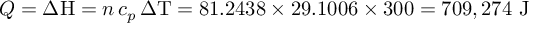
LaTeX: Q = { \Delta \mathrm { H } } = n \, c _ { p } \, \Delta \mathrm { T } = 8 1 . 2 4 3 8 \times 2 9 . 1 0 0 6 \times 3 0 0 = 7 0 9 , 2 7 4 { \mathrm { ~ J } }